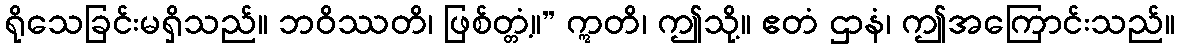
ရိုသေခြင်းမရှိသည်။ ဘဝိဿတိ၊ ဖြစ်တ္တံ့။” ဣတိ၊ ဤသို့။ ဧတံ ဌာနံ၊ ဤအကြောင်းသည်။